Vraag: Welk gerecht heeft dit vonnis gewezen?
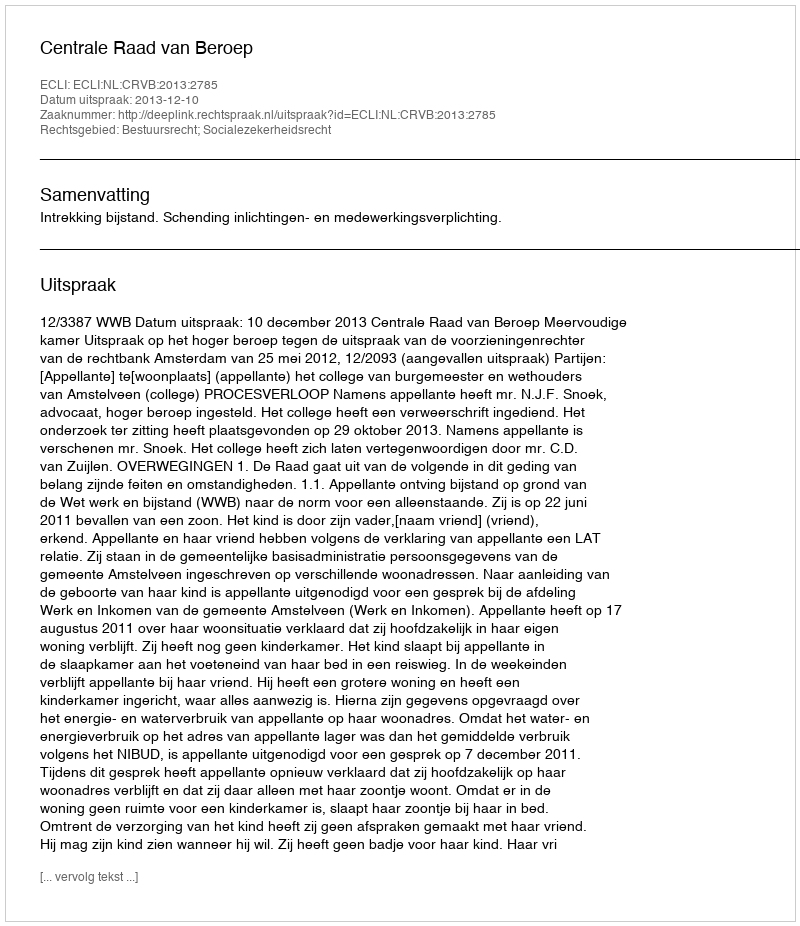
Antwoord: Centrale Raad van Beroep